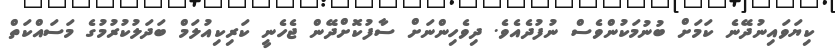
ކިޔަވައިނުދޭނެ ކަމަށް ބުނުމަކުންވެސް ނުފުދެއެވެ. ދިވެހިންނަށް ސާފުކޮށްދޭން ޖެހެނީ ކަރިކިއުލަމް ބަދަލުކުރުމުގެ މަސައްކަތް